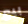
بيع